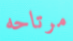
مرتاحه